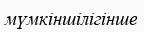
мүмкіншілігінше